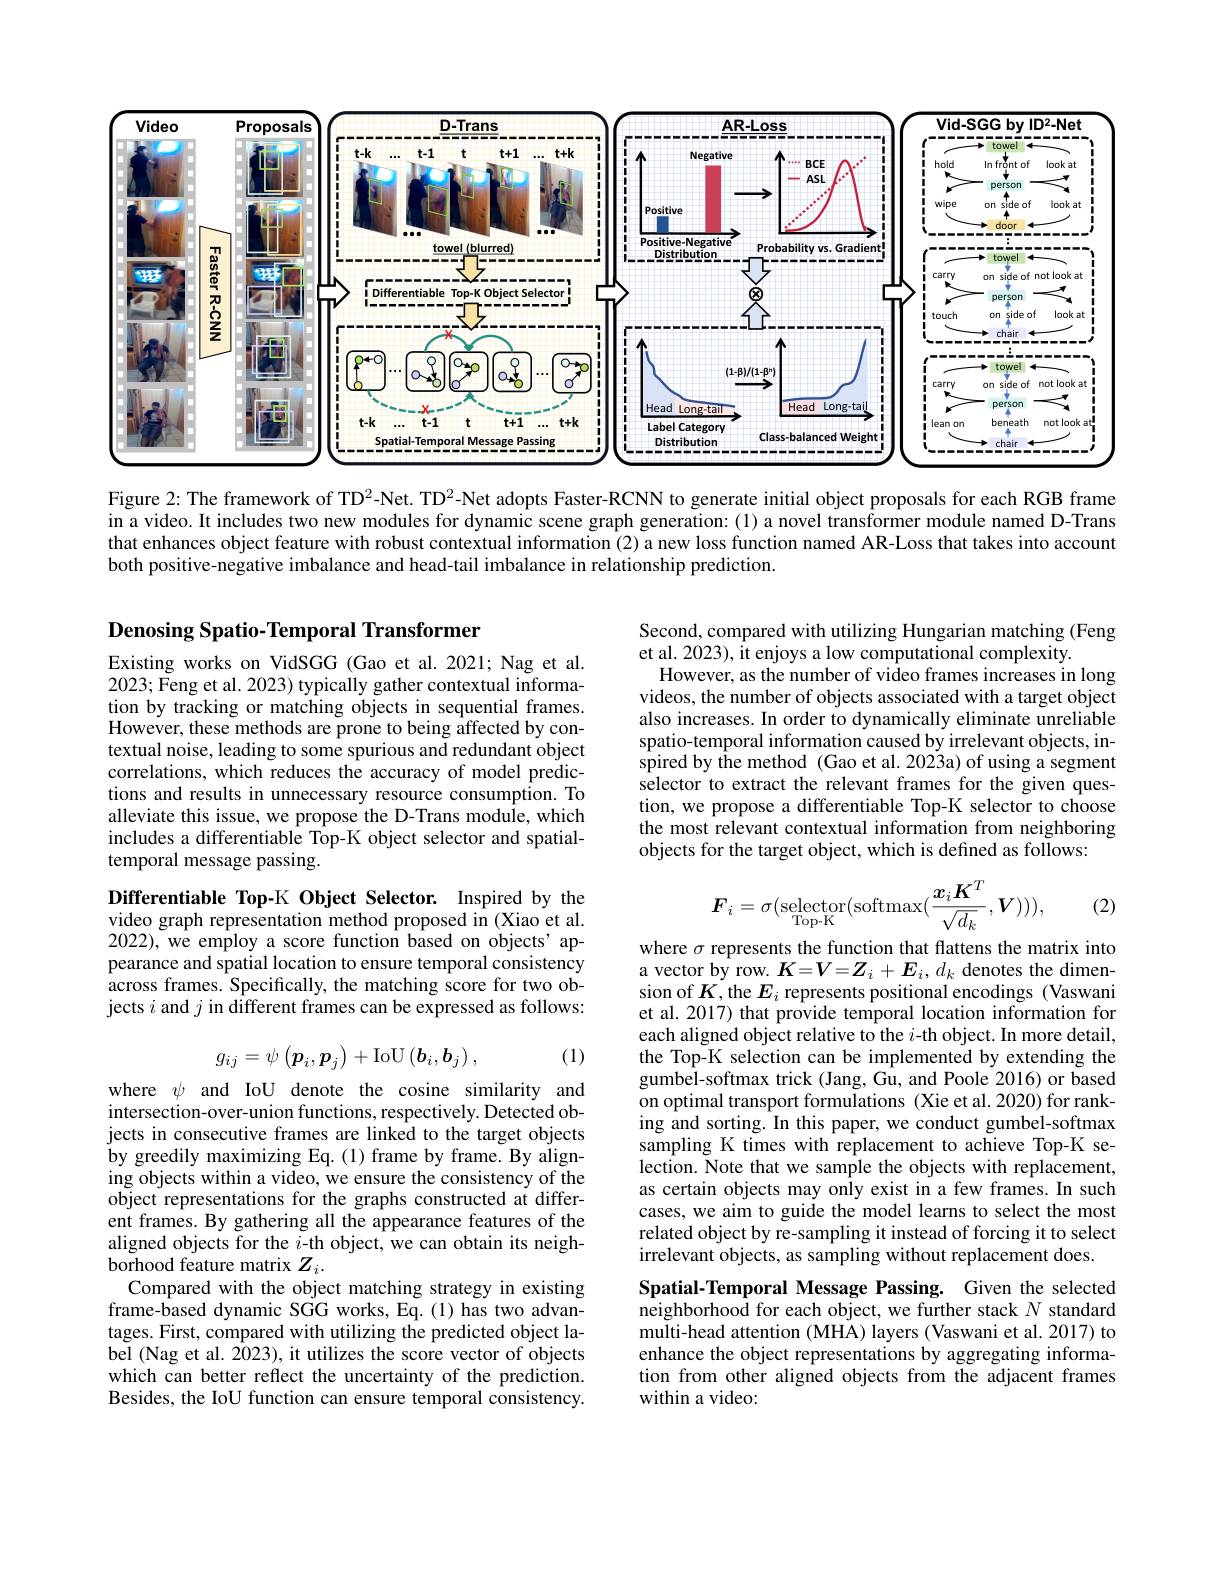
<FigureHere>

Figure 2: The framework of TD$^{2}$-Net. TD$^{2}$-Net adopts Faster-RCNN to generate initial object proposals for each RGB frame in a video. It includes two new modules for dynamic scene graph generation: (1) a novel transformer module named D-Trans that enhances object feature with robust contextual information (2) a new loss function named AR-Loss that takes into account both positive-negative imbalance and head-tail imbalance in relationship prediction.

## Denosing Spatio-Temporal Transformer

Second, compared with utilizing Hungarian matching (Feng
et al. 2023), it enjoys a low computational complexity.
However, as the number of video frames increases in long videos, the number of objects associated with a target object also increases. In order to dynamically eliminate unreliable spatio-temporal information caused by irrelevant objects, in- $\hat{\text{spired by the method }}(Gaoetal.2023a)$ of using a segment selector to extract the relevant frames for the given question, we propose a differentiable Top-K selector to choose the most relevant contextual information from neighboring objects for the target object, which is defined as follows:

Existing works on VidSGG (Gao et al.2021; Nag et al. 2023; Feng et al. 2023) typically gather contextual information by tracking or matching objects in sequential frames. However, these methods are prone to being affected by contextual noise, leading to some spurious and redundant object correlations, which reduces the accuracy of model predictions and results in unnecessary resource consumption. To alleviate this issue, we propose the D-Trans module, which includes a differentiable Top-K object selector and spatialtemporal message passing.
$$\boldsymbol{F}_i=\sigma(\mathop{\mathrm{selector}}_{\mathop{\mathrm{Top-K}}}(\mathop{\mathrm{softmax}}(\frac{\boldsymbol{x}_i\boldsymbol{K}^T}{\sqrt{d_k}},\boldsymbol{V}))),$$
(2)

Differentiable Top-K Object Selector. Inspired by the video graph representation method proposed in (Xiao et al. 2022), we employ a score function based on objects' appearance and spatial location to ensure temporal consistency across frames. Specifically, the matching score for two objects $i$ and $j$ in different frames can be expressed as follows:

(1)
$$g_{ij}=\psi\left(\boldsymbol{p}_i,\boldsymbol{p}_j\right)+\mathrm{IoU}\left(\boldsymbol{b}_i,\boldsymbol{b}_j\right),$$
where $\sigma$ represents the function that flattens the matrix into a vector by row. $K=V=Z_i+E_i,d_k$ denotes the dimension of $K$,the $E_i$ represents positional encodings (Vaswani et al. 2017) that provide temporal location information for each aligned object relative to the $i$-th object. In more detail, the Top-K selection can be implemented by extending the gumbel-softmax trick (Jang, Gu, and Poole 2016) or based on optimal transport formulations (Xie et al. 2020) for ranking and sorting. In this paper, we conduct gumbel-softmax sampling K times with replacement to achieve Top-K selection. Note that we sample the objects with replacement, as certain objects may only exist in a few frames. In such cases, we aim to guide the model learns to select the most related object by re-sampling it instead of forcing it to select irrelevant objects, as sampling without replacement does.

where $\psi$ and IoU denote the cosine similarity and intersection-over-union functions, respectively. Detected objects in consecutive frames are linked to the target objects by greedily maximizing Eq.(1) frame by frame. By aligning objects within a video, we ensure the consistency of the object representations for the graphs constructed at different frames. By gathering all the appearance features of the aligned objects for the $i$-th object, we can obtain its neighborhood feature matrix $Z_i.$
Compared with the object matching strategy in existing frame-based dynamic SGG works, Eq.(1) has two advantages. First, compared with utilizing the predicted object label (Nag et al. 2023), it utilizes the score vector of objects which can better reflect the uncertainty of the prediction. Besides, the IoU function can ensure temporal consistency.

Spatial-Temporal Message Passing. Given the selected

neighborhood for each object, we further stack $N$ standard

multi-head attention (MHA) layers (Vaswani et al. 2017) to

enhance the object representations by aggregating informa-

tion from other aligned objects from the adjacent frames

within a video: